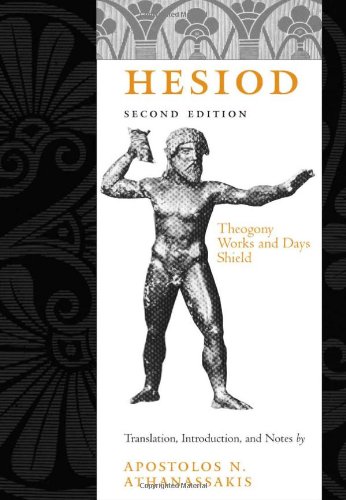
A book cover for Hesiod: Theogony, Works and Days, Shield; Hesiod; Literature & Fiction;